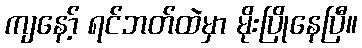
ကျနော့် ရင်ဘတ်ထဲမှာ မိုးပြိုနေပြီ။